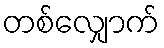
တစ်လျှောက်